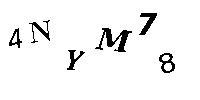
4NYM78